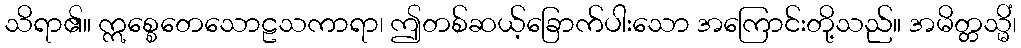
သိရာ၏။ ဣစ္စေတေသောဠသကာရာ၊ ဤတစ်ဆယ့်ခြောက်ပါးသော အကြောင်းတို့သည်။ အမိတ္တသ္မိံ၊